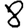
Digit: 8